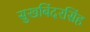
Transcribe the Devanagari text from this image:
सुखबिंदरसिंह